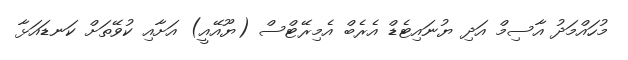
މުހައްމަދު އާސިމް އަދި ޔުނައިޓެޑް އެރެބް އެމިރޭޓްސް (ޔޫއޭއީ) އަށާއި ކުވޭތަށް ކަނޑައަޅާ